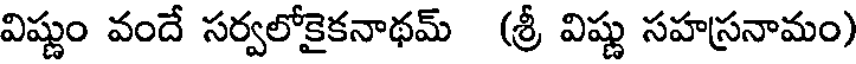
విష్ణుం వందే సర్వలోకైకనాథమ్ (శ్రీ విష్ణు సహస్రనామం)